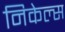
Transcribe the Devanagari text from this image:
निकेल्स